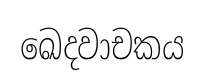
ඛෙදවාචකය